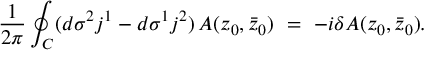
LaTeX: \frac { 1 } { 2 \pi } \oint _ { C } ( d \sigma ^ { 2 } j ^ { 1 } - d \sigma ^ { 1 } j ^ { 2 } ) \, { \cal A } ( z _ { 0 } , \bar { z } _ { 0 } ) \ = \ - i \delta { \cal A } ( z _ { 0 } , \bar { z } _ { 0 } ) .